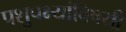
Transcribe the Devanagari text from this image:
पशुपक्ष्यांविषयी